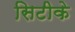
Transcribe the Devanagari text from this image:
सिटीके